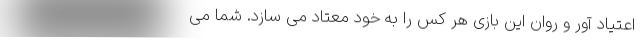
اعتیاد آور و روان این بازی هر کس را به خود معتاد می سازد. شما می